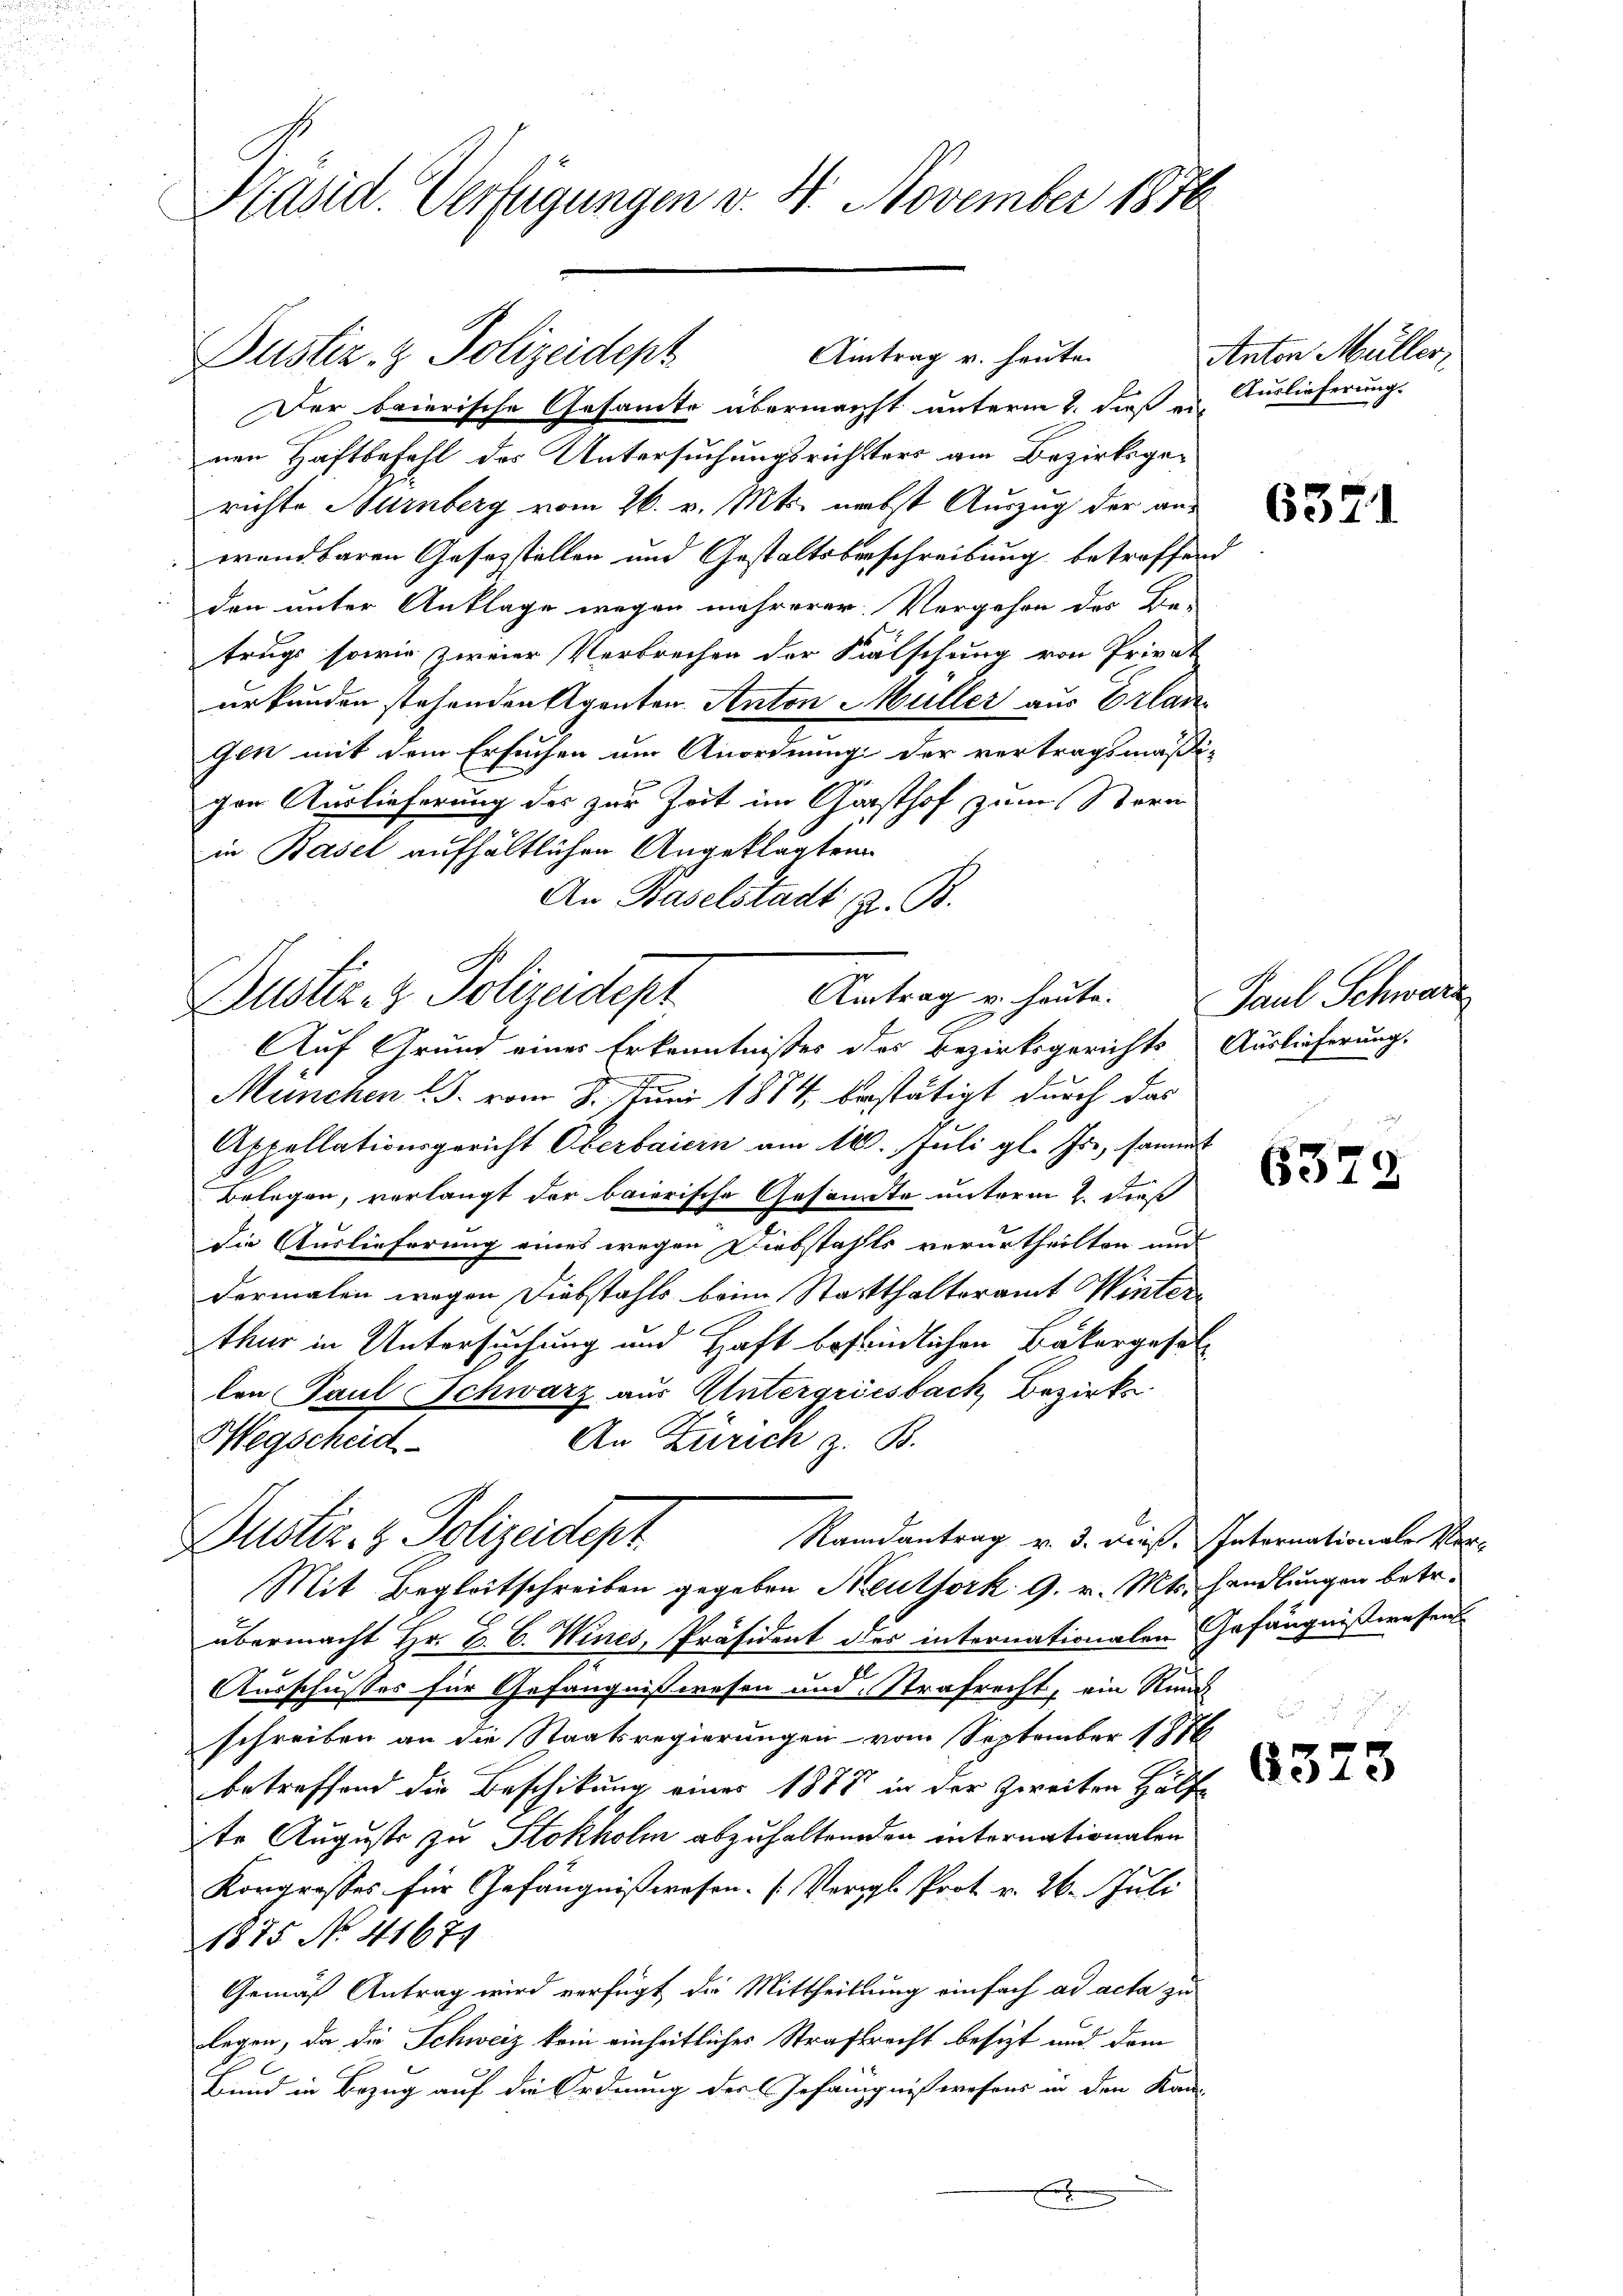
Präsid. Verfügungen v. 4. November 1876.

Aitrag v. heute
Justiz- & Polizeidept

Der baierische Gesamte übermachst unterm 2. daß er Auslieferungs
nen Haftbefehl des Untersuchungsrichtters am Bezirksgerichte Nürnberg vom 26. v. Mts. nebst Auszug der aus
wendbaren Gesezstellen und Gestaltsbeschreibung betreffend
den unter Anklage wegen mehrerer Vergehen der Be-
trugs sowie zweier Verbrechen der Kälschung von Privat
urkunden stehenden Agenten Anton Müller aus Erlan¬
Gen mit dem Ersuchen um Anordnung der vertragsmäßi-
gen Auslieferung des zur Zeit im Gasthof zum Stern
in Basel aufhältlichen Angeklagten
An Baselstadt z. B.
Auf Grund eines Erkenntnisses des Bezirksgerichts Auslieferung.
e
München S. vom 8. Juni 1884 bestätigt durch das
Appellationsgericht Oberbaiern am 10. Juli gl. Js., sammt
Belegen, verlangt der baierische Gesandte unterm 2. dieß
die Auslieferung eines wegen Diebstahls verurtheilten und
dermalen wegen Diebstahls beim Statthalteramt Winterthur in Untersuchung und Haft bestindlichen Bäkergesetzlen Paul Schwarz aus Untergriesbach, Bezirks
An Zürich z. B.
Hegscheid
Randantrag v. 3. dieß. Internationale Ver¬
Dustiz- & Polizeidept
Mit Begleitschreiben gegeben Heuthork. 9. v. Mts. handlungen betr.
übermacht Hr. P. C. Wines, Präsident des internationalen Gefängnißwesen
Ausschusses für Gefängnißwesen und Strafrecht, ein Rund
schreiben an die Staatsregierungen vom September 187
betreffend die Beschikung einer 1888 in der zweiten Hülfe
te Augusts zu Stokholm abzuhaltenden internationalen
Korgrosses für Gefängnißwesen. (Vergl. Prot. v. 26. Juli
1875 No. 41671
Gemäß Antrag wird verfügt die Mittheilung einfach ad acta zu
legen, da die Schweiz kein einheitliches Straffracht besizt und dem
Bund in Bezug auf die Ordnung der Gefängnißwesens in den Kam¬

so
Aintrag u. heute.
Dustiz- & Polizeidept

Anton Müller

6371

Paul Schwarz

6379

637

5